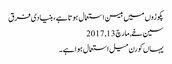
پکوڑوں میں بیسن استعمال ہوتا ہے، بنیادی فرق
سین خے, ‏مارچ 13, 2017
یہاں کورن میل استعمال ہوا ہے۔